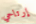
إرتاحي